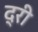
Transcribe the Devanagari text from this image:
द्री